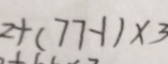
2 + ( 7 7 - 1 ) \times 3